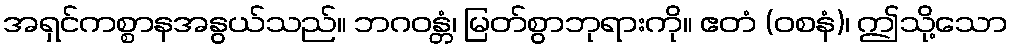
အရှင်ကစ္စာနအနွယ်သည်။ ဘဂဝန္တံ၊ မြတ်စွာဘုရားကို။ ဧတံ (ဝစနံ)၊ ဤသို့သော